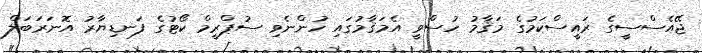
ޖޭއެސްސީގެ ރައީސްކަމުގެ މަޤާމު ހުސްވީ އެމަޤާމުގައި ހުންނެވި ސުޕްރީމް ކޯޓުގެ ފަނޑިޔާރު އޮނަރަބަލް